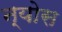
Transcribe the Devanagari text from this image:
न्योस